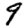
Digit: 9